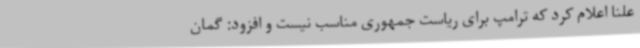
علناً اعلام کرد که ترامپ برای ریاست جمهوری مناسب نیست و افزود: گمان